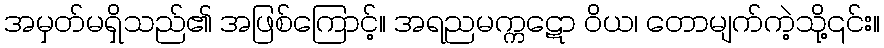
အမှတ်မရှိသည်၏ အဖြစ်ကြောင့်။ အရညမက္ကဋော ဝိယ၊ တောမျက်ကဲ့သို့၎င်း။